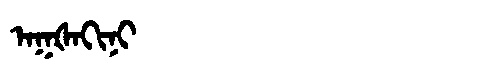
Manchu: ᠠᡴᡧᠠᡴᡳᠨᡳ
Romanization: AKŠAKINI